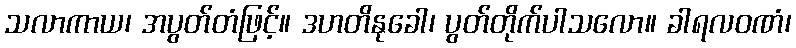
သလာကာယ၊ အပွတ်တံဖြင့်။ ဒဟတိနုခေါ၊ ပွတ်တိုက်ပါသလော။ ခါရလဝဏံ၊